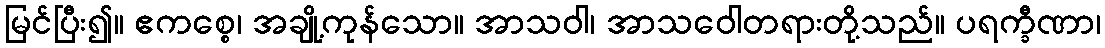
မြင်ပြီး၍။ ဧကစ္စေ၊ အချို့ကုန်သော။ အာသဝါ၊ အာသဝေါတရားတို့သည်။ ပရက္ခီဏာ၊